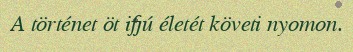
A történet öt ifjú életét követi nyomon.